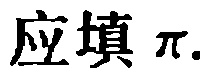
应填$\pi$.